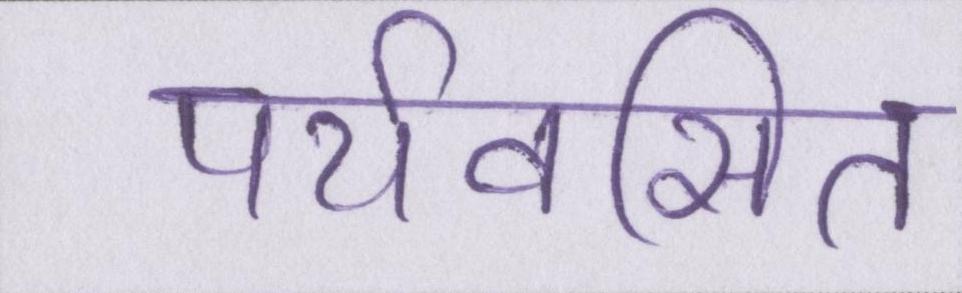
पर्यवसित